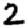
Digit: 2